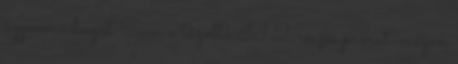
ágynemű huzat Sam a tűzoltó II 2 részes pamut-vászon